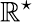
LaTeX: \mathbb{R}^{\star}